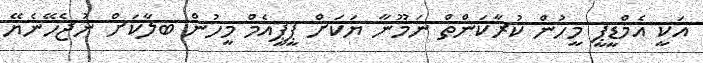
އަކީ އެމްޑީޕީ މީހުން ކުރާކަންތް ނަމޫނާ ޔަކަށް ޕީޕީއެމް މީހުން ބލާކަށް ނުޖެހޭނެޔޭ